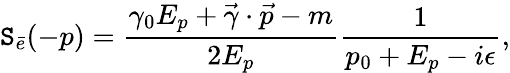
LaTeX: \mathtt{S}_{\bar{{e}}}(-p)=\frac{{\gamma_{0}E_{p}+\vec{{\gamma}}\cdot\vec{{p}}-m}}{{2E_{p}}}\frac{{1}}{{p_{0}+E_{p}-i\epsilon}},